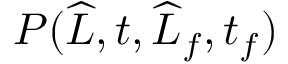
P ( \widehat { L } , t , \widehat { L } _ { f } , t _ { f } )